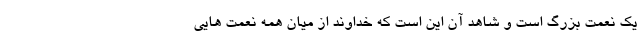
یک نعمت بزرگ است و شاهد آن این است که خداوند از میان همه نعمت هایی